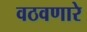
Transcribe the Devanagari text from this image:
वठवणारे